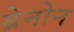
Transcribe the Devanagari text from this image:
ब्रेनोन